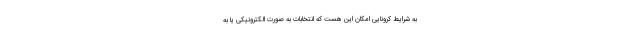
به شرایط کرونایی امکان این هست که انتخابات به صورت الکترونیکی یا به